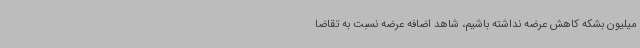
میلیون بشکه کاهش عرضه نداشته باشیم، شاهد اضافه عرضه نسبت به تقاضا